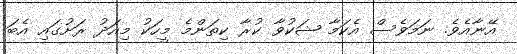
އޭނާއެވެ. ނަމަވެސް އެކަމާ ޝަކުވާ ކުރާ ކިތަންމެ މީހަކު މިއަދު ރަށުގައި އެބަ